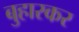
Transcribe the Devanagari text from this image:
बुहारकर